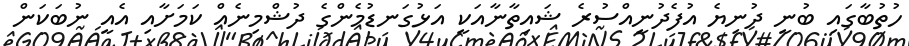
ހުތުބާގައި ބުނީ ދުނިޔެ އުފެދުނީއްސުރެ ޝައިތާނާއަކީ އަޅުގަނޑުމެންގެ ދުޝްމިނެެއް ކަމަށާއި އެއީ ނުބަކަން